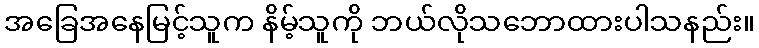
အခြေအနေမြင့်သူက နိမ့်သူကို ဘယ်လိုသဘောထားပါသနည်း။